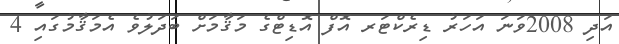
އަދި 2008ވަނަ އަހަރު ޑިރެކްޓަރ އޮފް އޮޑިޓްގެ މަޤާމަށް ބަދަލުވެ އެމަޤާމުގައި 4